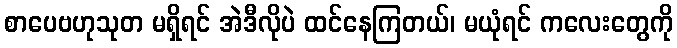
စာပေဗဟုသုတ မရှိရင် အဲဒီလိုပဲ ထင်နေကြတယ်၊ မယုံရင် ကလေးတွေကို